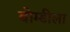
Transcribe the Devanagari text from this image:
बोम्डीला